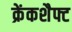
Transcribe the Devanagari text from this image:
क्रेंकशैफ्ट